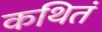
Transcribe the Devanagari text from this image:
कथितं